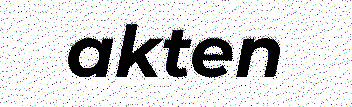
akten